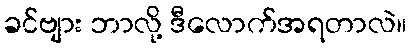
ခင်ဗျား ဘာလို့ ဒီလောက်အရတာလဲ။